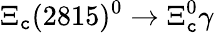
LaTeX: \Xi_{\mathtt{c}}(2815)^{0}\to\Xi_{\mathtt{c}}^{0}\gamma